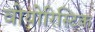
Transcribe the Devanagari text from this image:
वोयोरिस्टिक